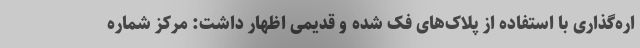
اره‌گذاری با استفاده از پلاک‌های فک شده و قدیمی اظهار داشت: مرکز شماره